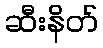
ဆီးနိတ်